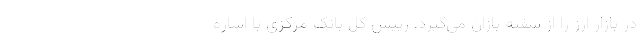
در بازار ارز را از سفته بازان می‌گیرد. رییس کل بانک مرکزی با اشاره